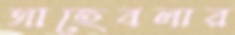
সাহেবলার